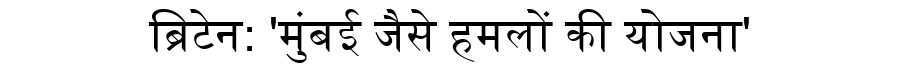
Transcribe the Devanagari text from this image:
ब्रिटेन: 'मुंबई जैसे हमलों की योजना'